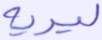
ليريه